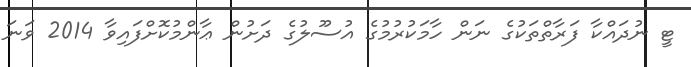
ޓީ ނުދައްކާ ފަރާތްތަކުގެ ނަން ހާމަކުރުމުގެ އުސޫލުގެ ދަށުން ޢާންމުކޮށްފައިވާ 2014 ވަނަ